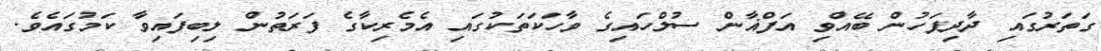
ގަތަރުގައި ދާދިފަހުން ބޭއްވި އަފްޣާން ސުލްހައިގެ ވާހަކަތަކުގައި އެމެރިކާގެ ފަރަތުން ލިބިފައިވާ ކަމުގައެވެ.